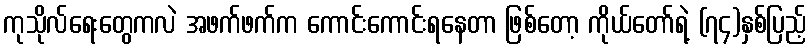
ကုသိုလ်ရေးတွေကလဲ အဖက်ဖက်က ကောင်းကောင်းရနေတာ ဖြစ်တော့ ကိုယ်တော်ရဲ့ (၇၄)နှစ်ပြည့်